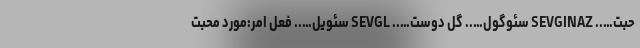
حبت….. SEVGINAZ سئوگول….. گل دوست….. SEVGL سئویل….. فعل امر:مورد محبت